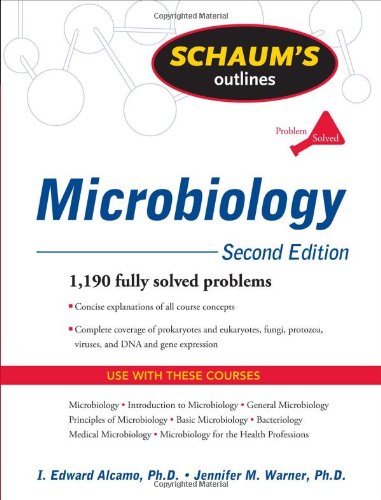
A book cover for Schaum's Outline of Microbiology, Second Edition (Schaum's Outlines); I. Edward Alcamo; Medical Books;